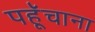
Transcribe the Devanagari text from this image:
पहूॅचाना